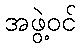
အဖွဲ့ဝင်